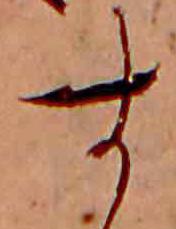
す